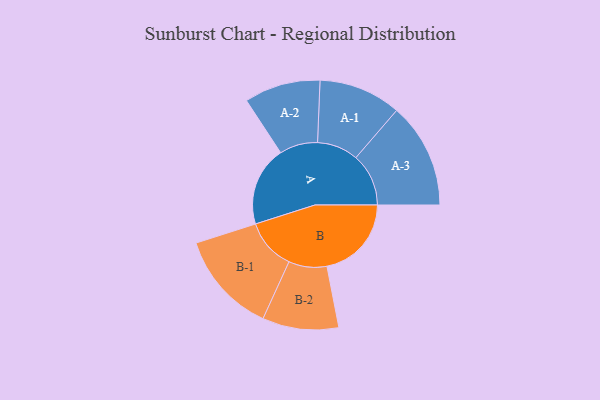
{"axis": {"x": "Segment", "y": "Value"}, "legend": ["", "A", "B"], "data": [{"x": "A", "y": 443, "type": ""}, {"x": "B", "y": 470, "type": ""}, {"x": "A-1", "y": 229, "type": "A"}, {"x": "A-2", "y": 212, "type": "A"}, {"x": "A-3", "y": 293, "type": "A"}, {"x": "B-1", "y": 284, "type": "B"}, {"x": "B-2", "y": 212, "type": "B"}]}